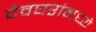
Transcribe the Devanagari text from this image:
देवघरांमध्ये